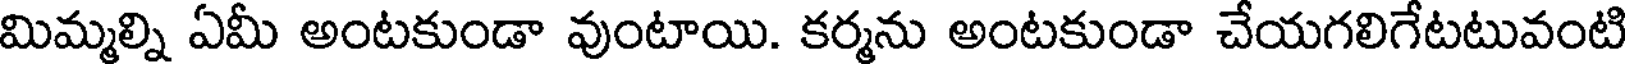
మిమ్మల్ని ఏమీ అంటకుండా వుంటాయి. కర్మను అంటకుండా చేయగలిగేటటువంటి